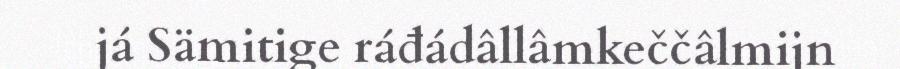
já Sämitige ráđádâllâmkeččâlmijn